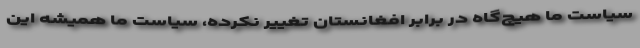
سیاست ما هیچ‌گاه در برابر افغانستان تغییر نکرده، سیاست ما همیشه این